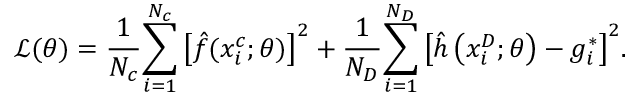
\mathcal { L } ( \theta ) = \frac { 1 } { { { N _ { c } } } } { \sum _ { i = 1 } ^ { { N _ { c } } } { \left[ { \hat { f } ( x _ { i } ^ { c } ; \theta ) } \right] } ^ { 2 } } + \frac { 1 } { { { N _ { D } } } } { \sum _ { i = 1 } ^ { { N _ { D } } } { \left[ { \hat { h } \left( { x _ { i } ^ { D } ; \theta } \right) - g _ { i } ^ { * } } \right] } ^ { 2 } } .